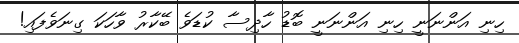
ހިނި އަންނަނީ ހިނި އަންނަނީ ބޮޑު ހާދިސާ ކުޑަވެ ބޭކާރު ވާހަކަ ގިނަވެފައި!